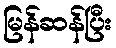
မြန်ဆန်ပြီး